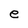
Character: e